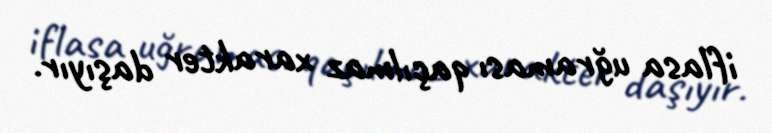
iflasa uğraması qaçılmaz xarakter daşıyır.